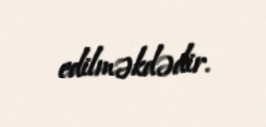
edilməkdədir.